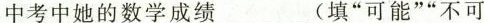
中考中她的数学成绩___(填”可能””不可